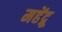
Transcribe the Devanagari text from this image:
महेंद्रू